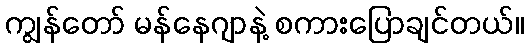
ကျွန်တော် မန်နေဂျာနဲ့ စကားပြောချင်တယ်။